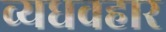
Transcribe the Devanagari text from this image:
व्यधवहार